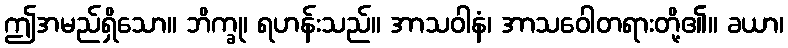
ဤအမည်ရှိသော။ ဘိက္ခု၊ ရဟန်းသည်။ အာသဝါနံ၊ အာသဝေါတရားတို့၏။ ခယာ၊